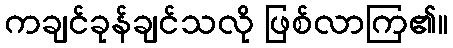
ကချင်ခုန်ချင်သလို ဖြစ်လာကြ၏။